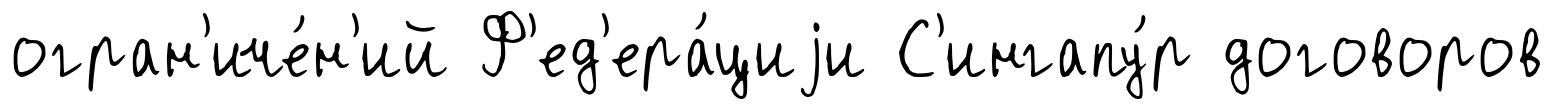
огран'иче́н'ий Ф'ед'ера́циjи С'ингапу́р договоров